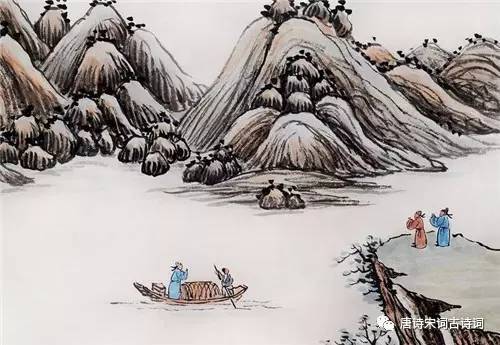
何日功成名遂了，还乡，醉笑陪公三万场。